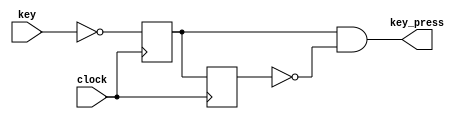
// CS3220 - Fall 2017
///////////////////////////////
// Amir Yazdanbakhsh
// Oct. 17th, 2017
// a.yazdanbakhsh@gatech.edu
///////////////////////////////
module key_press(
	// inputs and output
	input 					clock,
	input 					key,
	output 	 				key_press
);


reg key_sync;
reg key_sync_d;

always @(posedge clock)
begin
	key_sync 	<= ~key;
	key_sync_d 	<= key_sync;
end

assign key_press = key_sync && !key_sync_d;

endmodule